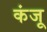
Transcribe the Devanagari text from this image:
कंजू